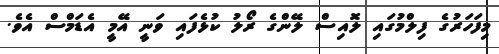
މިފަހަރުގެ ފިލްމުގައި ލޮއިސް ލޭންގެ ރޯލު ކުޅެފައި ވަނީ އޭމީ އެޑަމްސް އެވެ.